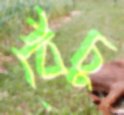
বেঁচু